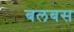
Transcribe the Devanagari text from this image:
बलबस